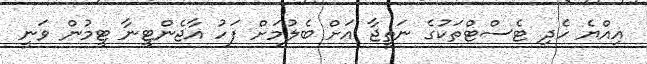
އިއްޔެ ހެދި ޓެސްޓްތަކުގެ ނަތީޖާ އަށް ބެލުމަށް ފަހު އާޖެންޓީނާ ޓީމުން ވަނީ